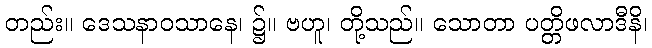
တည်း။ ဒေသနာဝသာနေ၊ ၌။ ဗဟူ၊ တို့သည်။ သောတာ ပတ္တိဖလာဒီနိ၊